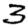
Digit: 3